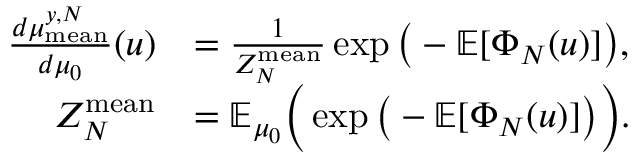
\begin{array} { r l } { \frac { d \mu _ { \mathrm { m e a n } } ^ { y , N } } { d \mu _ { 0 } } ( u ) } & { = \frac { 1 } { Z _ { N } ^ { \mathrm { m e a n } } } \exp \big ( - \mathbb { E } [ \Phi _ { N } ( u ) ] \big ) , } \\ { Z _ { N } ^ { \mathrm { m e a n } } } & { = \mathbb { E } _ { \mu _ { 0 } } \Big ( \exp \big ( - \mathbb { E } [ \Phi _ { N } ( u ) ] \big ) \Big ) . } \end{array}